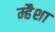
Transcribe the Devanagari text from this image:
म्हैशा